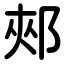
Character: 郟